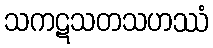
သကဋသတသဟဿံ